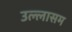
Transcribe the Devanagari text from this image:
उल्लासम